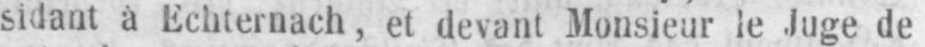
sidant à Echternach, et devant Monsieur le luge de